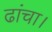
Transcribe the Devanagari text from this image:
ढांचा।